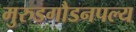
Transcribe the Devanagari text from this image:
मुरुडगौडनपल्य